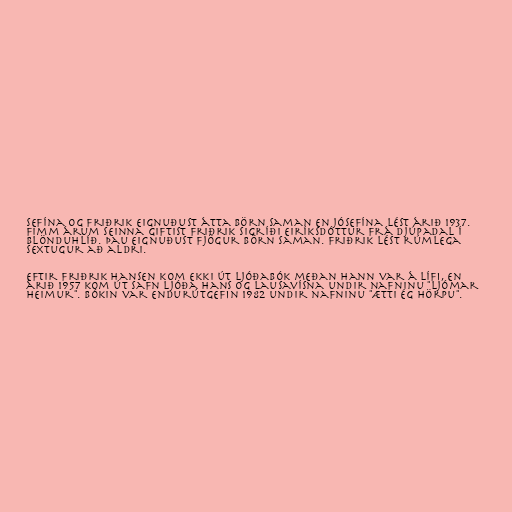
sefína og Friðrik eignuðust átta börn saman en Jósefína lést árið 1937.
Fimm árum seinna giftist Friðrik Sigríði Eiríksdóttur frá Djúpadal í
Blönduhlíð. Þau eignuðust fjögur börn saman. Friðrik lést rúmlega
sextugur að aldri.

Eftir Friðrik Hansen kom ekki út ljóðabók meðan hann var á lífi, en
árið 1957 kom út safn ljóða hans og lausavísna undir nafninu "Ljómar
heimur". Bókin var endurútgefin 1982 undir nafninu "Ætti ég hörpu".